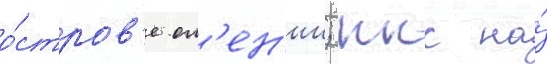
о́стров'е ол'ен'ии; ккс на́